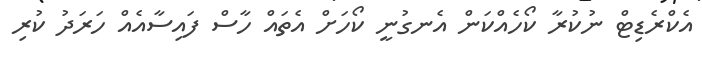
އެކްރެޑިޓް ނުކުރާ ކޯހެއްކަން އެނގުނީ ކޯހަށް އެތައް ހާސް ފައިސާއެއް ހަރަދު ކުރި